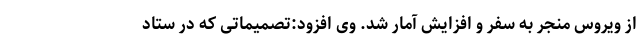
از ویروس منجر به سفر و افزایش آمار شد. وی افزود:تصمیماتی که در ستاد